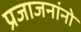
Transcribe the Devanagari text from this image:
प्रजाजनांनो